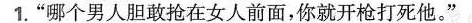
1.”哪个男人胆敢抢在女人前面，你就开枪打死他。”